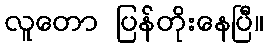
လူတော ပြန်တိုးနေပြီ။